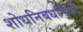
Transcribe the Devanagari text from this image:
शोधनिबधांपैकी